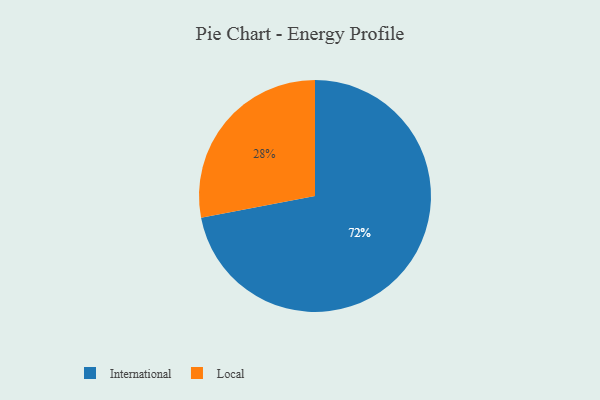
{"axis": {"x": "Category", "y": "Percentage"}, "legend": ["International", "Local"], "data": [{"x": "International", "y": 72, "type": "International"}, {"x": "Local", "y": 28, "type": "Local"}]}